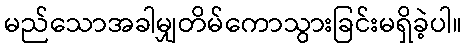
မည်သောအခါမျှတိမ်ကောသွားခြင်းမရှိခဲ့ပါ။